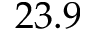
2 3 . 9